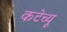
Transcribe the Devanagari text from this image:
कटेच्यू